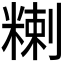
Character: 𥻃